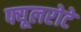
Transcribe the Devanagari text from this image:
फ्यूलरोटे